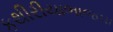
કથીરીયાભાજપા